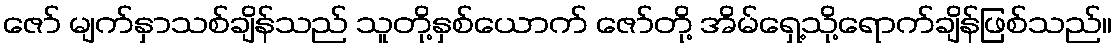
ဇော် မျက်နှာသစ်ချိန်သည် သူတို့နှစ်ယောက် ဇော်တို့ အိမ်ရှေ့သို့ရောက်ချိန်ဖြစ်သည်။